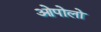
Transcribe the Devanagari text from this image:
ओपोलो